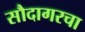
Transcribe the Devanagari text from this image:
सौदागरचा